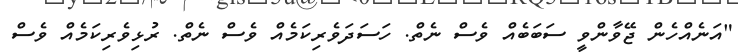
"އަނެއްހެން ޖޭވާންވީ ސަބަބެއް ވެސް ނެތް. ހަސަދަވެރިކަމެއް ވެސް ނެތް. ރުޅިވެރިކަމެއް ވެސް